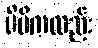
မိမိကလည်း